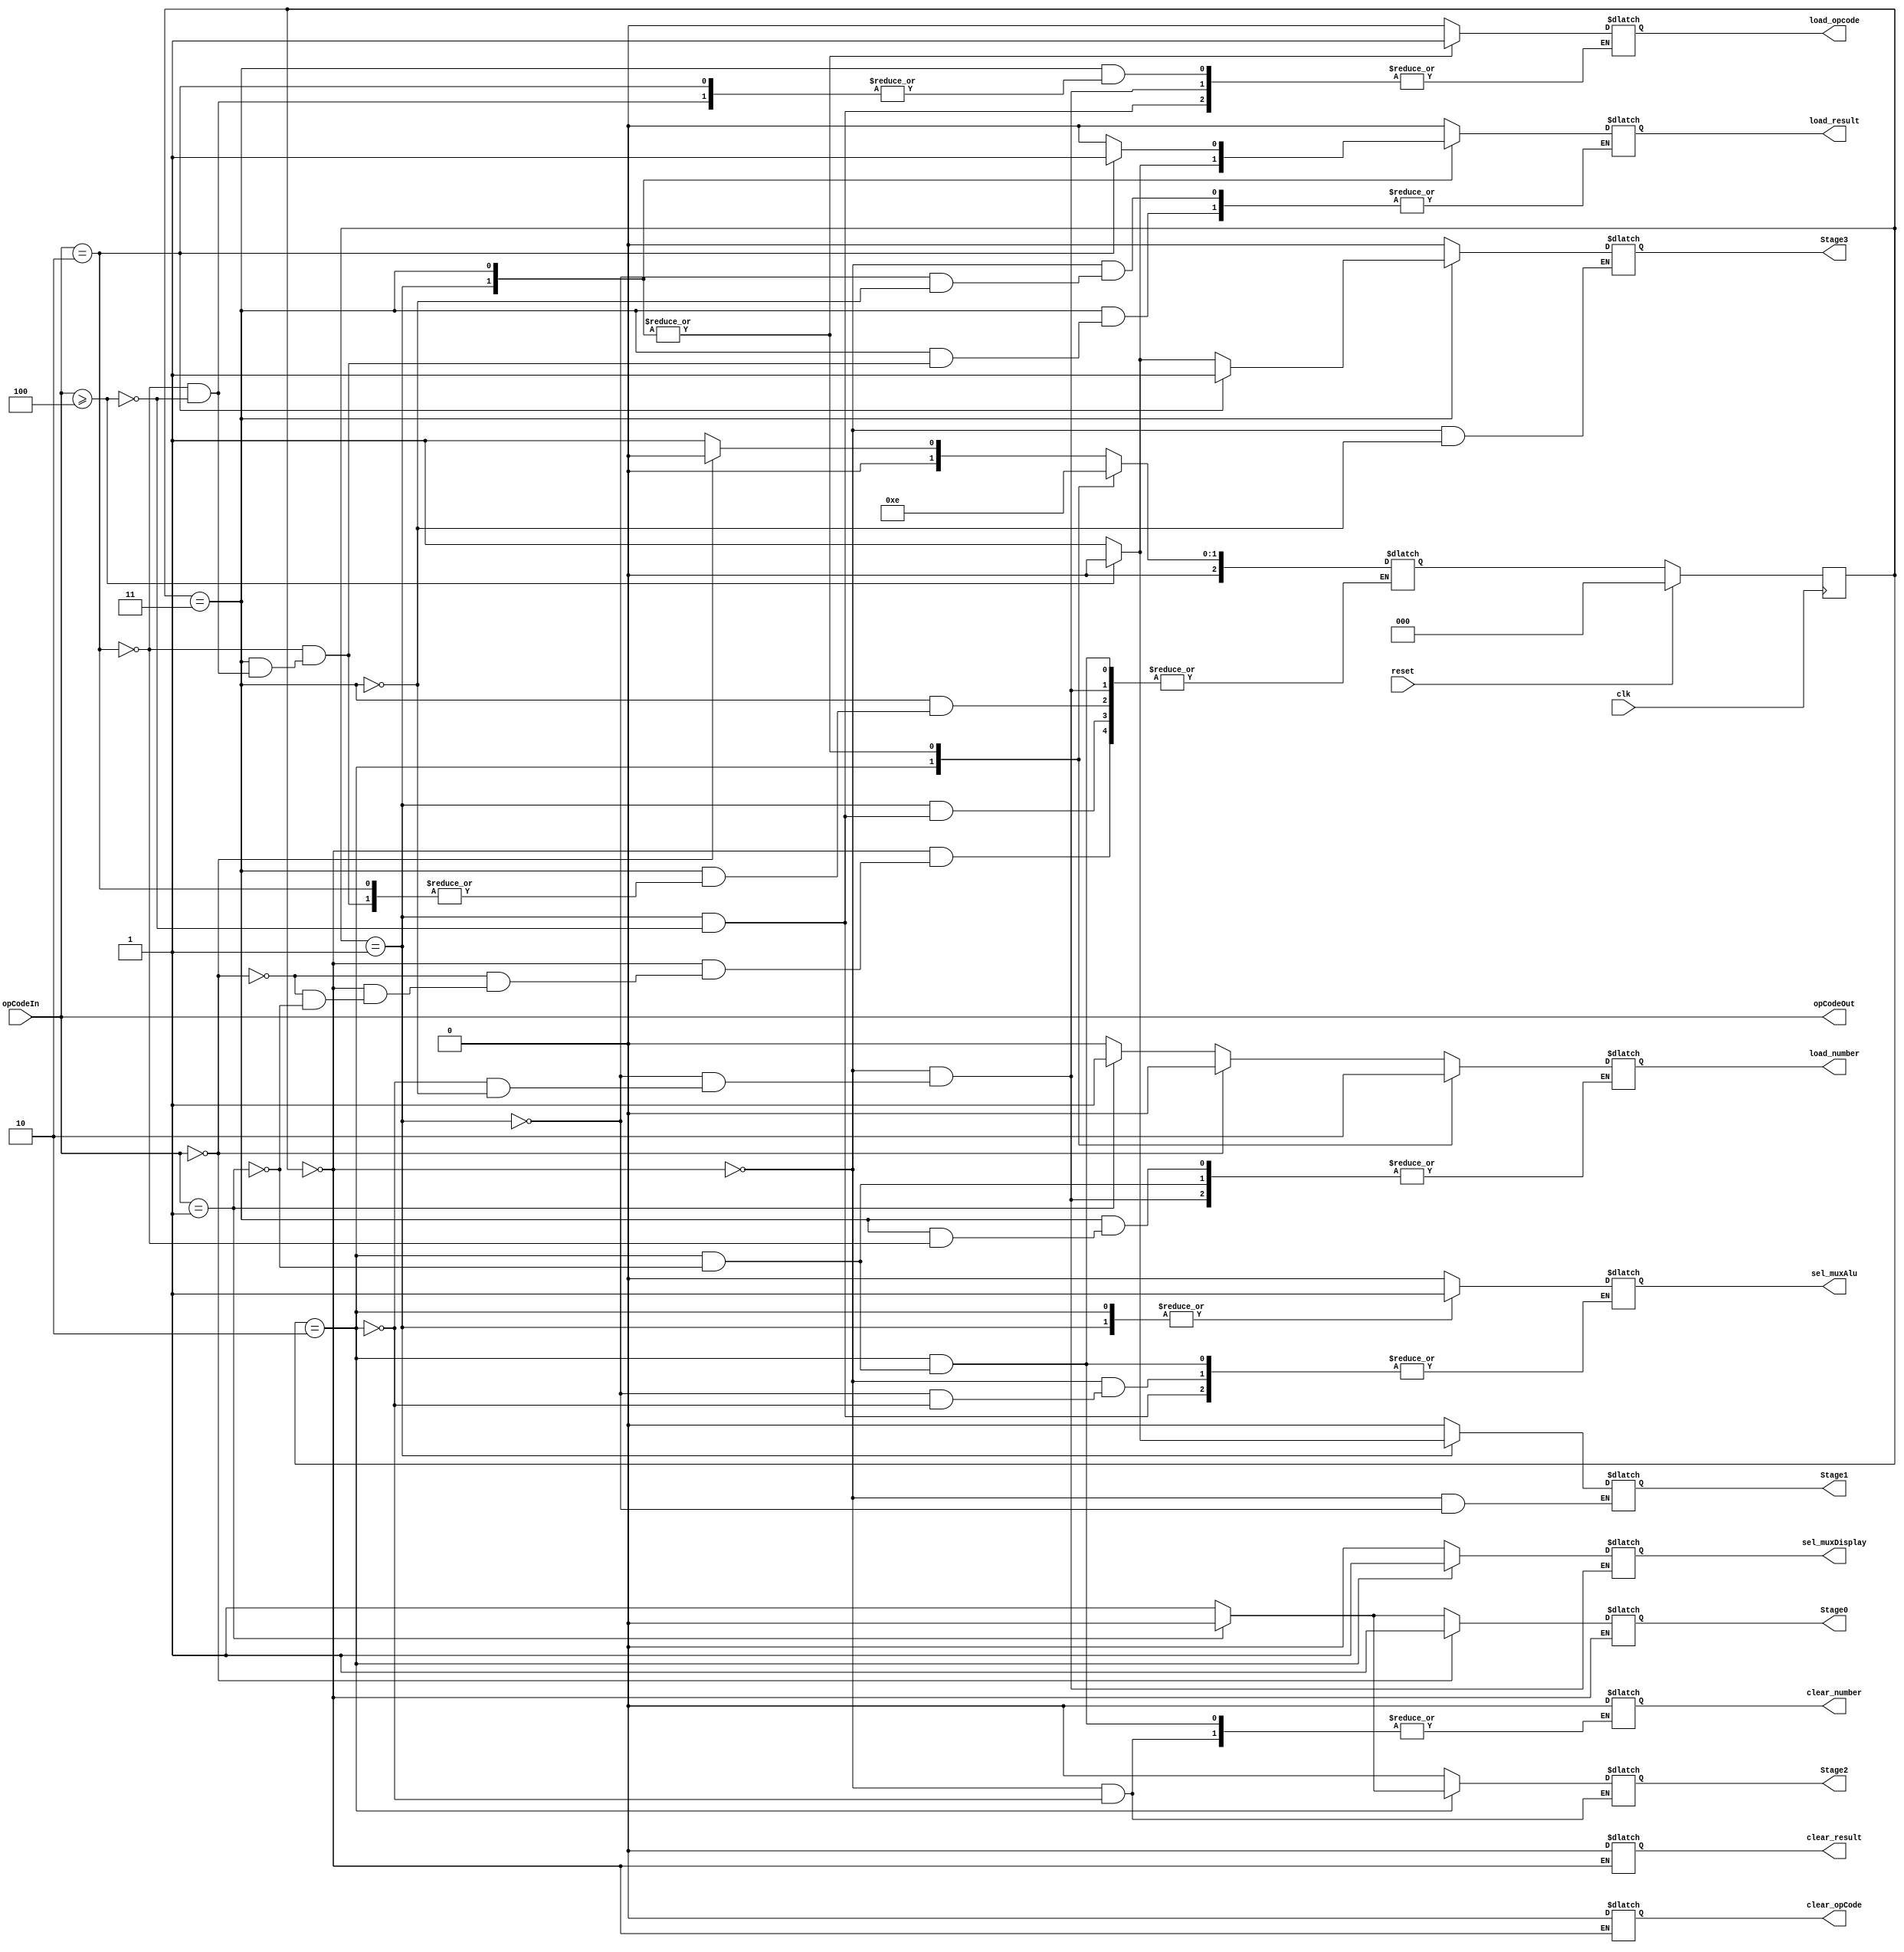
`timescale 1ns / 1ps

//Module for ASM, Puedes cabiar el orden de estas variables. 
module FSM
    (
        clk, reset, opCodeOut,opCodeIn, load_number, clear_number,
       
        load_opcode,clear_opCode, sel_muxAlu, load_result, clear_result,
       
        sel_muxDisplay, Stage0, Stage1, Stage2, Stage3
     );

//inputs
input clk, reset;

//OpCode que entra al FSM
input [2:0] opCodeIn;

//outputs
output reg load_number, clear_number, load_opcode, load_result, clear_result, sel_muxAlu, sel_muxDisplay, clear_opCode;

//Operation Code que usa el dataPath, esto es lo que el dataPath Recibe
output reg [2:0] opCodeOut;

//Registros para las Salidas
output reg Stage0,Stage1,Stage2,Stage3;

//para guardar los estados
reg [2:0]stage;

//para asignar los estados
reg [2:0] nextStage;

//Para guardar los estados
parameter S0 = 0; 
parameter S1 = 1; 
parameter S2 = 2; 
parameter S3 = 3; 


//Fire on Clk
always @(posedge clk)
    //si se preciona el reset, ira al primer estado
    if(reset)
        stage = S0;
        //si no seguira en el loop de los estados
    else
    stage = nextStage;
      
always @ (*)begin

    //Si el opCode in cambia, el OpCodeOut tambien, pero son lo mismo.
   opCodeOut = opCodeIn;
   
   //EVALUAMOS LOS ESTADOS
    case(stage)
    //--------------------------------------STAGE 0----------------------------------
    S0:begin
        //para visualizar ne que estados estamos
        Stage0 = 1; Stage1 = 0; Stage2 = 0; Stage3 = 0;
        
        //init todo en 0
        load_number <= 0;
        clear_number <= 0;
        load_opcode <= 0;
        load_result <= 0;
        clear_result <= 0;
        sel_muxAlu <= 0;
        sel_muxDisplay <= 0;
        clear_opCode <= 0;
        
        //if no op_code is no press se queda en el mismo estado
        if(opCodeOut == 3'b000)
             nextStage <= S0; 
        //if user press a number
        else if(opCodeOut == 3'b001) 
            begin
                //load the number enter
                load_number <= 1;
                   //go to the next stage
                nextStage = S1;
                //close the Stage 0 (Apagamos la visualizacion de este estado
                Stage0 = 0;                        
            end
        end
            
        //------------------STAGE 1------------------------------
        S1:begin
     
            //display the current state
            Stage1 <= 1;

            //display the value enter (Si el este esta en 0 va a display lo que el usuario ingrese)
            sel_muxDisplay <= 0;
            
            //if user press enter cargarmos el numero en memorio (input register)
            if(opCodeOut == 3'b010);
            begin
                load_number = 0; //load the new number into input reg
                load_result = 1; //cargamos el numero dentro de AccRegister
            end        
            //si el usuario preciona un simbolo   
                if(opCodeOut >= 3'b100)
                 begin
                    load_result <= 0; //va a dejar de cargar dentro de ACC register
                    sel_muxAlu <= 1; //El multiplexer al lado del ALU va a cargar lo que salga del ALu
                    load_opcode <= 1; //Cargamos el opCode dentro del Multiplexer
                    nextStage = S2; //vamos al siguiente estado
                    Stage1 <= 0; // apagamos la visualizacion de este estado (S1)
                 end
          
           
        end
        //--------------------STAGE 2------------------------------
       S2:begin
            
            //prendemos la visualizacion 
            Stage2 <= 1;
            
            //display value of accRegister
            sel_muxDisplay <= 1;
            
            //if user press enter
            if(opCodeOut == 3'b010);   
                load_opcode = 0; //apagamos lo que entra en el OpCode
             
             //si el usuario presiona un numbero
              if(opCodeOut == 3'b001)
                 begin
                   load_number <= 1; //cargamos ese numero dentro de input Register
                    sel_muxAlu = 1; //el mux Del ALu se queda en 1, (va a cargar lo que tenga el mux dentro de ACC Register
                    clear_number = 1;#15; //limpiamos el numero que se vaya a precionar mientra lo cargamos
                    clear_number = 0; //apagamos el clear
                    nextStage = S3; //ir al estado 3
                    Stage2 <= 0; //apaga la visualizacion de este estado
                 end
            
        end 
        //----------------------------STAGE 3-----------------------------------------
       S3:begin
            
            //turn on this stage
            Stage3 <= 1;
            
            //display the input reg
            sel_muxDisplay <= 0;
            
           //if user press enter
           if(opCodeOut == 3'b010)
              begin
                load_number = 0; //dejamos de carga el numero              
                load_result = 1; // cargamos el numero dentro de AccRegister
              end
               //if user press a simbol
               else if(opCodeOut >= 3'b100)
                begin
                   load_opcode <= 1; //cargamos el codigo dentro de OpReg
                   load_result = 0; // apagamos que el accRegister guarde numeros
                   nextStage = S2; //vamos al siguiente estado
                   Stage3 <= 0; // Apagamos la vizualizacion de este estado
                end
          end
           
        endcase 
    end
endmodule